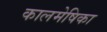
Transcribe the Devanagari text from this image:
कालमेषिका